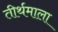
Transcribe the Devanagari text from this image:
तीर्थमाला